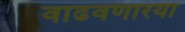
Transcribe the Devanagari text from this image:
वाढवणारया